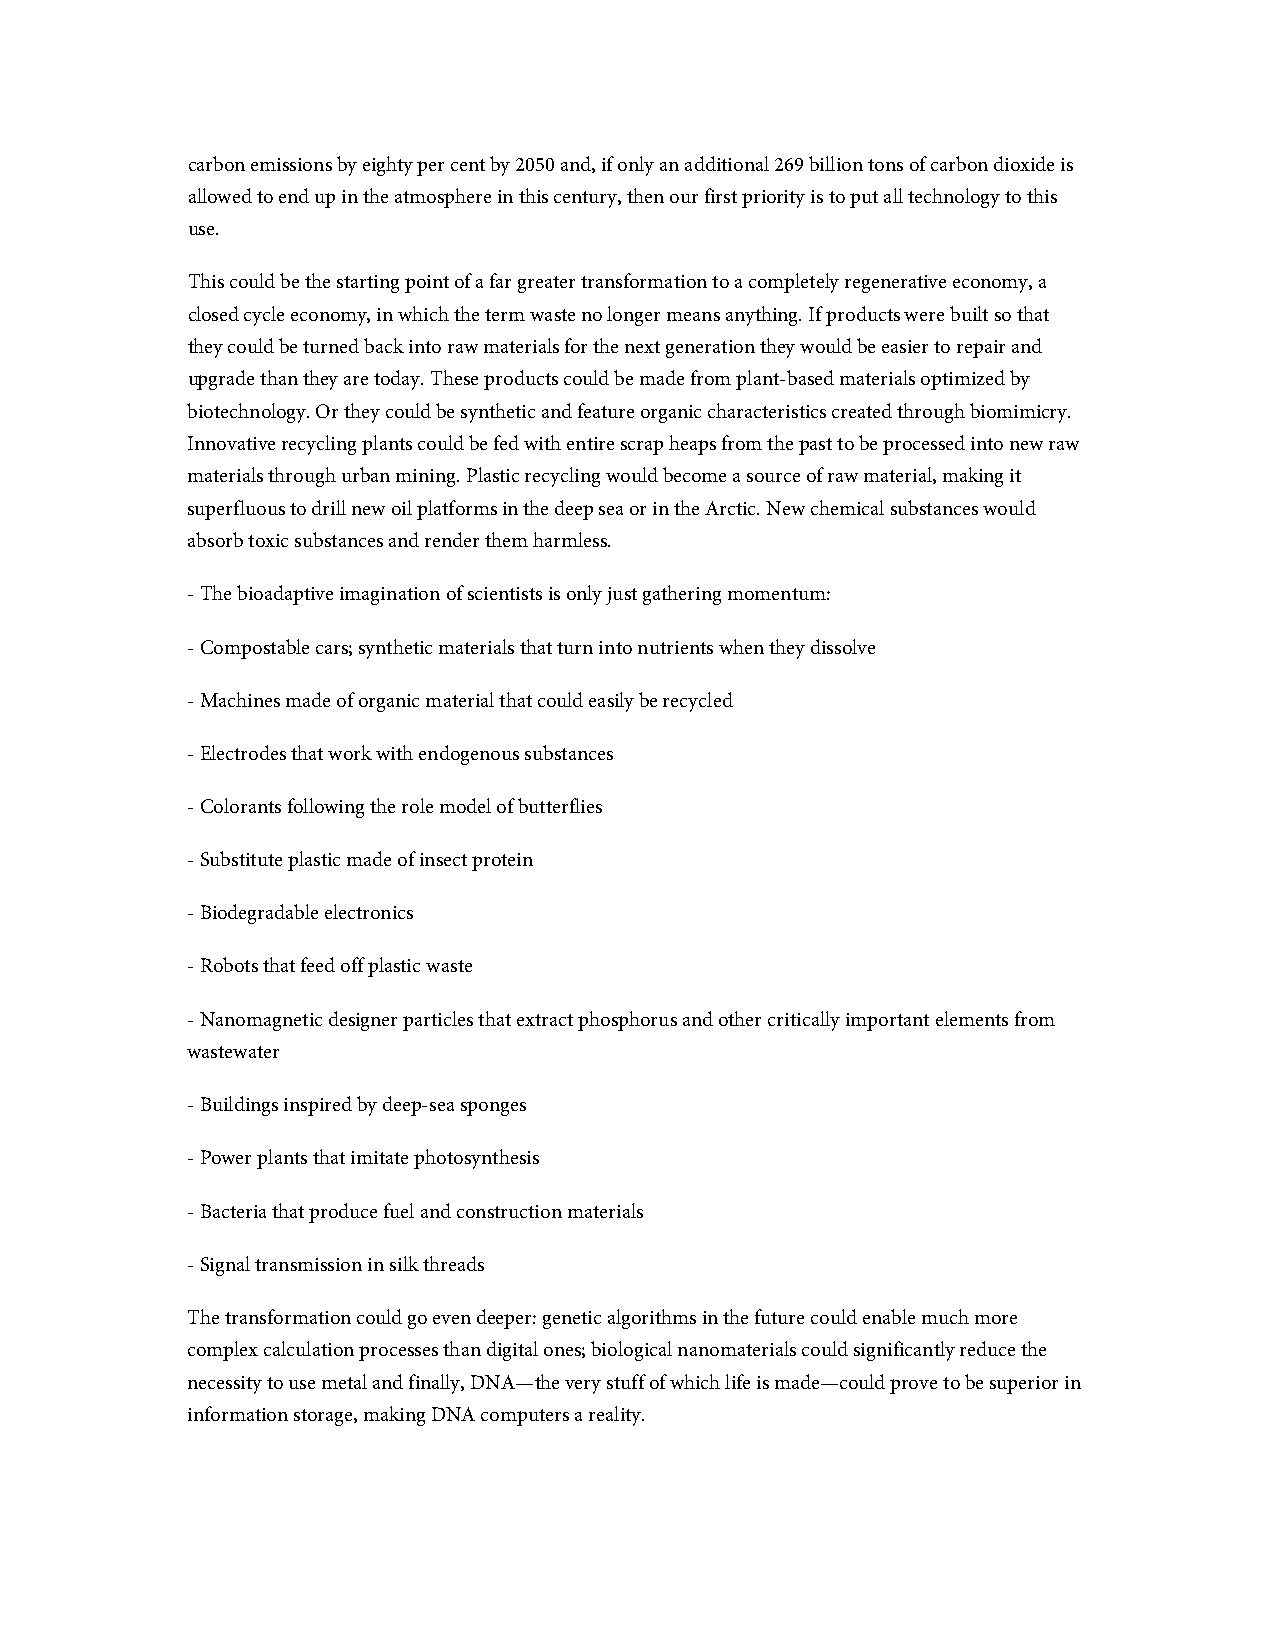
carbon emissions by eighty per cent by 2050 and, if only an additional 269 billion tons of carbon dioxide is
 allowed to end up in the atmosphere in this century, then our first priority is to put all technology to this
 use.
 This could be the starting point of a far greater transformation to a completely regenerative economy, a
 closed cycle economy, in which the term waste no longer means anything. If products were built so that
 they could be turned back into raw materials for the next generation they would be easier to repair and
 upgrade than they are today. These products could be made from plant-based materials optimized by
 biotechnology. Or they could be synthetic and feature organic characteristics created through biomimicry.
 Innovative recycling plants could be fed with entire scrap heaps from the past to be processed into new raw
 materials through urban mining. Plastic recycling would become a source of raw material, making it
 superfluous to drill new oil platforms in the deep sea or in the Arctic. New chemical substances would
 absorb toxic substances and render them harmless.
 - The bioadaptive imagination of scientists is only just gathering momentum:
 - Compostable cars; synthetic materials that turn into nutrients when they dissolve
 - Machines made of organic material that could easily be recycled
 - Electrodes that work with endogenous substances
 - Colorants following the role model of butterflies
 - Substitute plastic made of insect protein
 - Biodegradable electronics
 - Robots that feed off plastic waste
 - Nanomagnetic designer particles that extract phosphorus and other critically important elements from
 wastewater
 - Buildings inspired by deep-sea sponges
 - Power plants that imitate photosynthesis
 - Bacteria that produce fuel and construction materials
 - Signal transmission in silk threads
 The transformation could go even deeper: genetic algorithms in the future could enable much more
 complex calculation processes than digital ones; biological nanomaterials could significantly reduce the
 necessity to use metal and finally, DNA—the very stuff of which life is made—could prove to be superior in
 information storage, making DNA computers a reality.